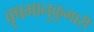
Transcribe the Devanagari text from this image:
वृषभानुकुमारी